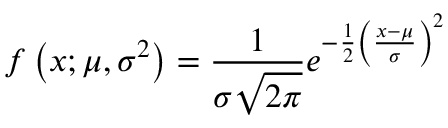
f \left( x ; \mu , \sigma ^ { 2 } \right) = { \frac { 1 } { \sigma { \sqrt { 2 \pi } } } } e ^ { - { \frac { 1 } { 2 } } \left( { \frac { x - \mu } { \sigma } } \right) ^ { 2 } }